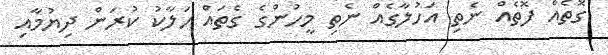
ގޮތެއް ފޮތެއް ނެތި އަހުލާގެއް ނެތި މީހުންގެ ގެތައް ހަލާކު ކުރަން ދިޔުމާއި